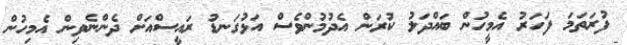
ފުރަތަމަ ފަހަރު އެމީހުން ބައްދަލު ކުރަން އެދުމުންވެސް އަޅުގަނޑު ރައީސްއަށް ދެންނެވިން އެމިހުން